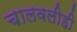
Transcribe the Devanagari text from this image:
चालवलीही